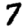
Digit: 7